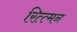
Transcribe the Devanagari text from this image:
रित्त्मन